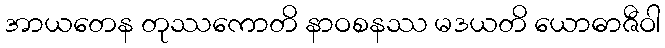
အာယတေန တုဿကောတိ နာဝစနဿ မဒယတိ ယောဓာဇီဝါ